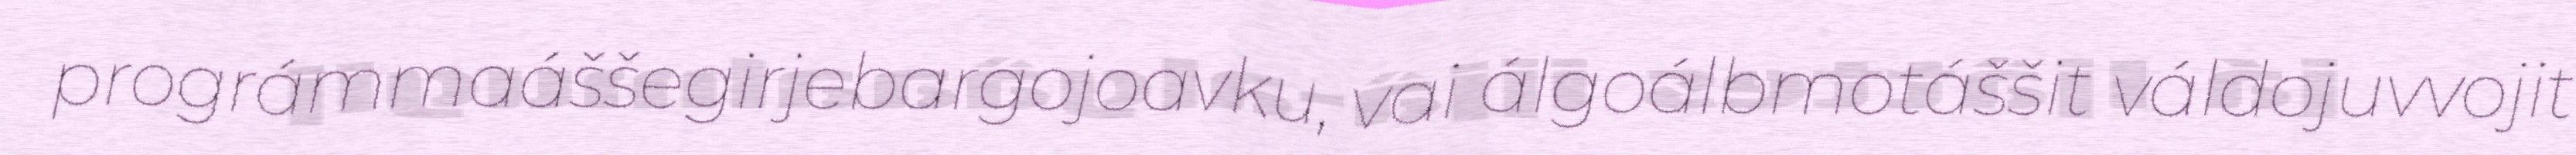
prográmmaáššegirjebargojoavku, vai álgoálbmotáššit váldojuvvojit